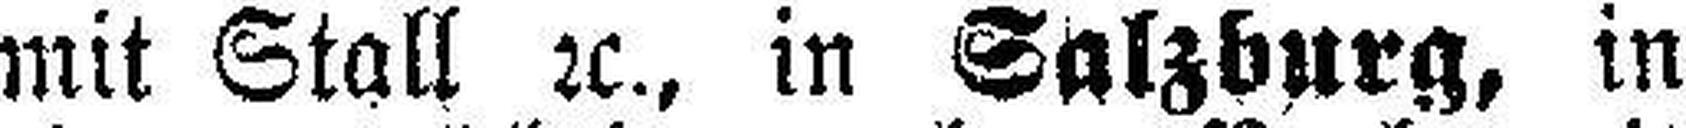
mit Stall 2c., in Salzburg, in